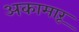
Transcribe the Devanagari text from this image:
अकामारू